Report on malaria in the Punjab during the year ...  together with an account of the work of the Punjab Malaria Bureau - Volume 3
Disease focus: Malaria
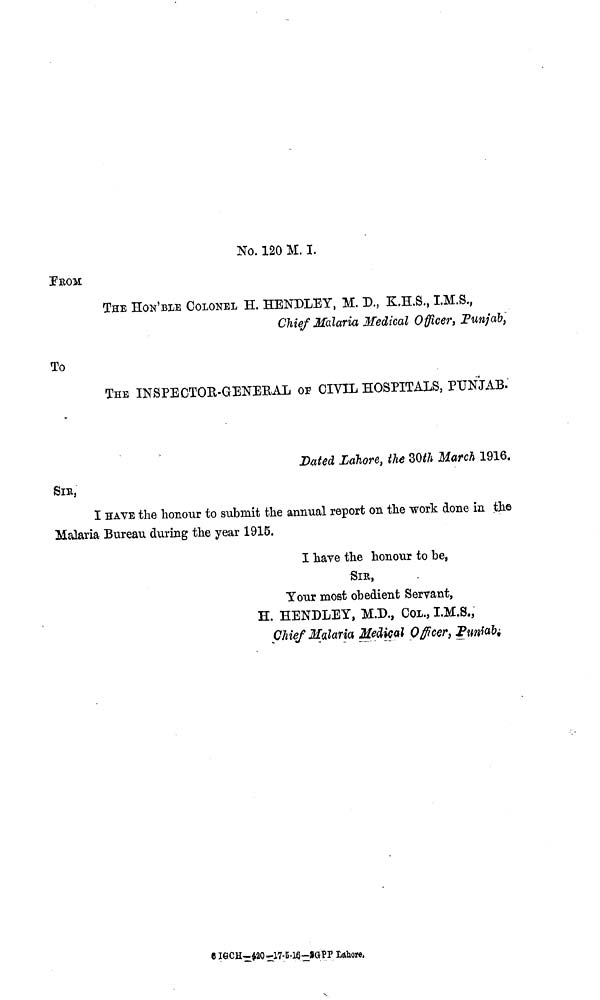
No. 120 M. I.
FROM
THE HON'BLE COLONEL H. HENDLEY, M. D., K.H.S., I.M.S.,
Chief Malaria Medical Officer, Punjabi,
To
THE INSPECTOPR-GENERAL OP CIVIL HOSPITALS, PUNJAB.
Dated Lahore, the 30th March 1916.
SIR,
I HAVE the honour to submit the annual report on the work done in the
Malaria Bureau during the year 1915.
I have the honour to be,
SIE,
Tour most obedient Servant,
H. HENDLEY, M.D., COL., I.M.S.,
Chief Malaria, Medical Officer, Punjab.
6 IGCH-420-17-5-16-SGPP Lahore,